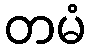
တမံ